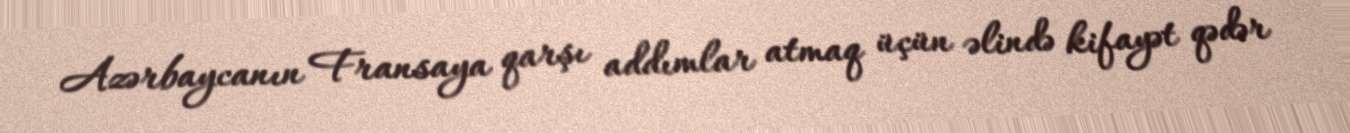
Azərbaycanın Fransaya qarşı addımlar atmaq üçün əlində kifayət qədər